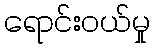
ရောင်းဝယ်မှု